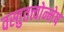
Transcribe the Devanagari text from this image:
वस्तुतत्त्वोन्मेष